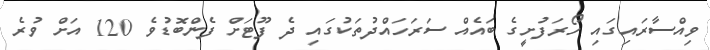
ވިއްސާރައިގައި ހޯރަފުށީގެ ބައެއް ސަރަހައްދުތަކުގައި ދެ ފޫޓަށް ފެންބޮޑުވެ 120 އަށް ވުރެ